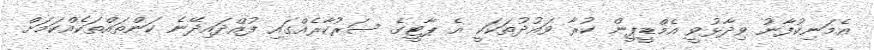
އެމަނިކުފާނު ވިދާޅުވީ އެމްޑީޕީން ކުރާ ވައުދުތަކަކީ އެ ޕާޓީގެ ސަރުކާރެއްގައި ފުއްދައިދޭނެ ކަންތައްތަކެއްކަމަށް